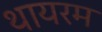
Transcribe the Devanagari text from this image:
थायरम